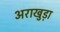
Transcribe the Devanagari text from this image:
अराखुड़ा